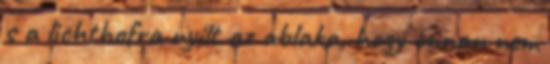
s a lichthofra nyílt az ablaka, hogy onnan nem